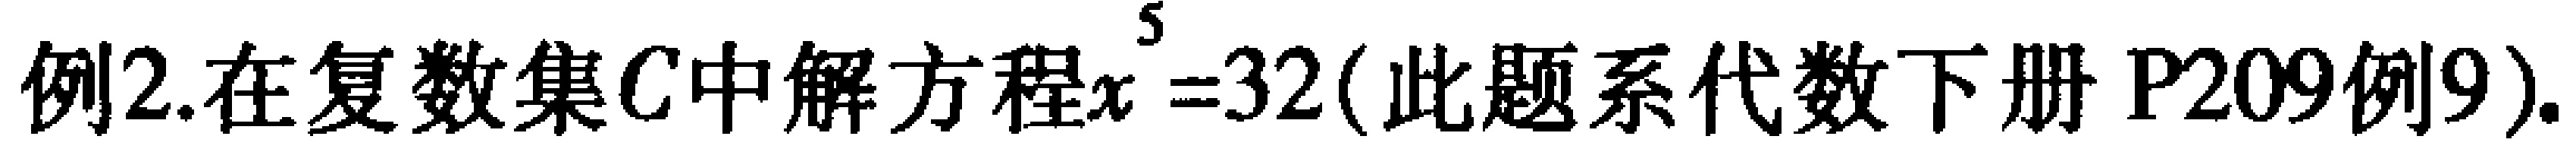
例2.在复数集\(C\)中解方程\(x^{5}=32\)(此题系代数下册P209例9).